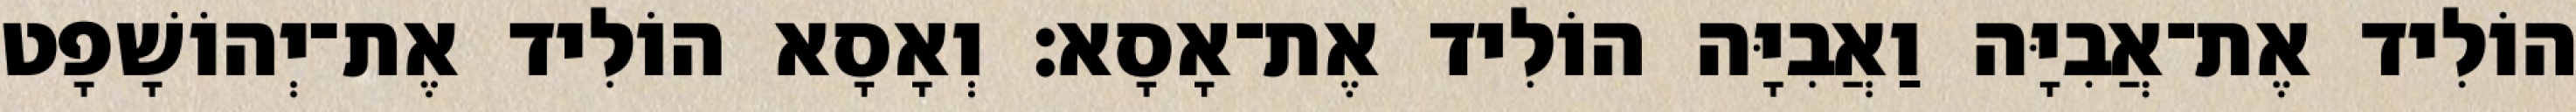
הוֹלִיד אֶת־אֲבִיָּה וַאֲבִיָּה הוֹלִיד אֶת־אָסָא׃ וְאָסָא הוֹלִיד אֶת־יְהוֹשָׁפָט